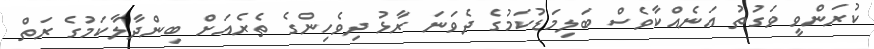
ކުރަންވީ ވަގުތު އަނެއްކާވެސް ބަލިމަޑުކަމުގެ ދެވަނަ ރާޅު ދިވެހިންގެ ތެރެއަށް ބިންދާލާކަމުގެ ރަތް